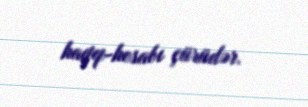
haqq-hesabı çürüdər.